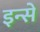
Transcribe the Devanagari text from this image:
इन्से